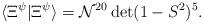
LaTeX: \begin{align*}\langle\Xi^{\psi}|\Xi^{\psi}\rangle=\mathcal{N}^{20}\det(1-S^{2})^{5}.\end{align*}